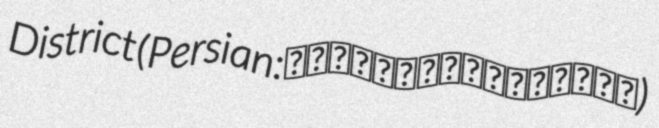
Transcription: District (Persian: دهستان منصورآقايي)